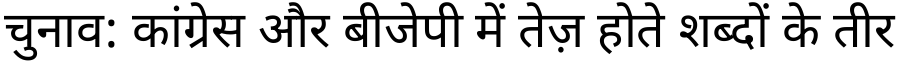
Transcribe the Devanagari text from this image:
चुनाव: कांग्रेस और बीजेपी में तेज़ होते शब्दों के तीर